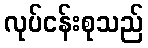
လုပ်ငန်းစုသည်